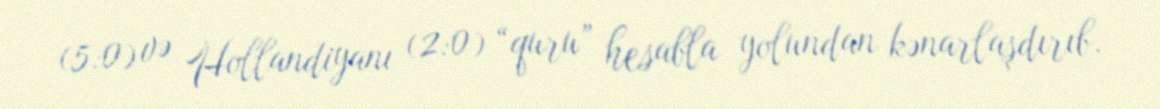
(5:0) və Hollandiyanı (2:0) “quru” hesabla yolundan kənarlaşdırıb.